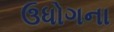
ઉધોગના